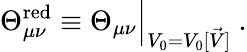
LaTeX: \Theta_{\mu\nu}^{\mathrm{red}}\equiv\Theta_{\mu\nu}\Big|_{V_{0}=V_{0}[\vec{V}]}~.